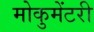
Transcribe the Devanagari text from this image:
मोकुमेंटरी